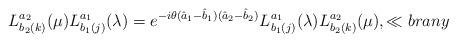
LaTeX: \begin{align*}L_{b_2(k)}^{a_2}(\mu) L_{b_1( j)}^{a_1}(\lambda)= e^{-i \theta (\hat a_1- \hat b_1)(\hat a_2- \hat b_2)} L_{b_1( j)}^{a_1}(\lambda) L_{b_2(k)}^{a_2}(\mu),\ll{brany}\end{align*}